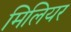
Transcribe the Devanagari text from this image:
मिलियर